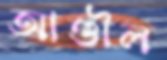
আণ্ডীল